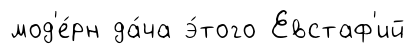
мод'е́рн да́ча э́того Евстаф'ий